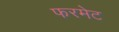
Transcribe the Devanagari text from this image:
फरमेट